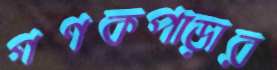
গণকপাড়ার